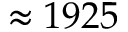
\approx 1 9 2 5